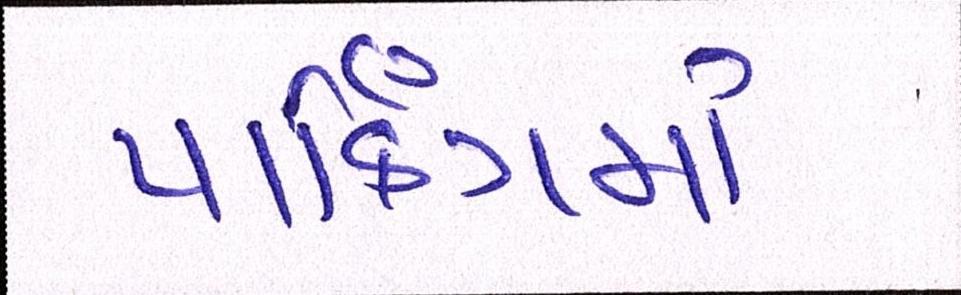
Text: પાર્કિંગમાં